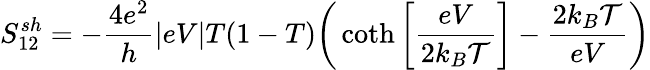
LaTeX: {S_{12}^{sh}=-\frac{4e^{2}}{h}|eV|T(1-T)\bigg(\coth\left[\frac{eV}{2k_{B}\mathcal{T}}\right]-\frac{2k_{B}\mathcal{T}}{eV}\bigg)}